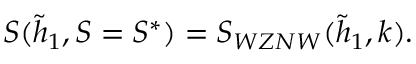
S ( \tilde { h } _ { 1 } , S = S ^ { * } ) = S _ { W Z N W } ( \tilde { h } _ { 1 } , k ) .